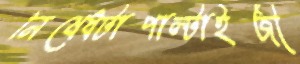
নিষেধটাপাল্টাইজী